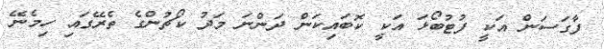
ފާގަސަން އަކީ ފުޓުބޯޅަ އަކީ ކޮބައިކަން ދަންނަ މަދު ކޯޗުންގެ ތެރޭގައި ހިމެނޭ